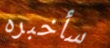
سأخبره